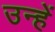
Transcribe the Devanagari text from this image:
उन्हें